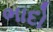
ભાદો